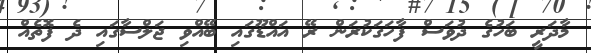
މާދަރީ ބަހުގެ ދުވަސް ފާހަގަކުރަން ރޭ އައްޑޫގައި ބޭއްވި ޖަލްސާގައި ދެ ފޮތެއް